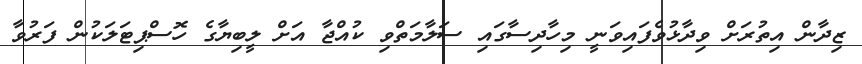
ޒިދާން އިތުރަށް ވިދާޅުވެފައިވަނީ މިހާދިސާގައި ސަލާމަތްވި ކުއްޖާ އަށް ލީބިޔާގެ ހޮސްޕިޓަލަކުން ފަރުވާ